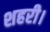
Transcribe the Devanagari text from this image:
शहरी।